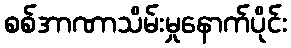
စစ်အာဏာသိမ်းမှုနောက်ပိုင်း